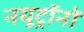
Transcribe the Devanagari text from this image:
नयूट्रॉनों